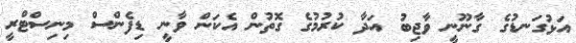
އަޅުގަނޑުގެ ގާނޫނީ ވާޖިބު އަދާ ކުރުމުގެ ގޮތުން އެކަން ވާނީ ޑިފެންސް މިނިސްޓްރީ